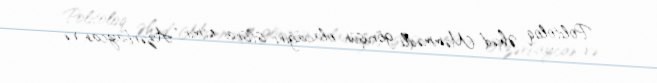
Politoloq Əhəd Məmmədli görüşün olacağını istisna etmir: “Azərbaycan və